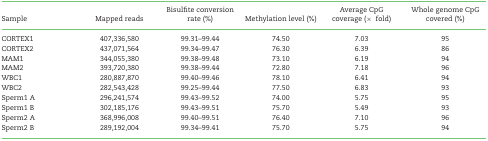
| Sample | Mapped reads | Bisulfite conversion rate (%) | Methylation level (%) | Average CpG coverage (× fold) | Whole genome CpG covered (%) |
 | --- | --- | --- | --- | --- | --- |
 | CORTEX1 | 407,336,580 | 99.31–99.44 | 74.50 | 7.03 | 95 |
 | CORTEX2 | 437,071,564 | 99.34–99.47 | 76.30 | 6.39 | 86 |
 | MAM1 | 344,055,380 | 99.38–99.48 | 73.10 | 6.19 | 94 |
 | MAM2 | 393,720,380 | 99.38–99.44 | 72.80 | 7.18 | 96 |
 | WBC1 | 280,887,870 | 99.40–99.46 | 78.10 | 6.41 | 94 |
 | WBC2 | 282,543,428 | 99.25–99.44 | 77.50 | 6.83 | 93 |
 | Sperm1 A | 296,241,574 | 99.43–99.52 | 74.00 | 5.75 | 95 |
 | Sperm1 B | 302,185,176 | 99.43–99.51 | 75.70 | 5.49 | 93 |
 | Sperm2 A | 368,996,008 | 99.40–99.51 | 76.40 | 7.10 | 96 |
 | Sperm2 B | 289,192,004 | 99.34–99.41 | 75.70 | 5.75 | 94 |